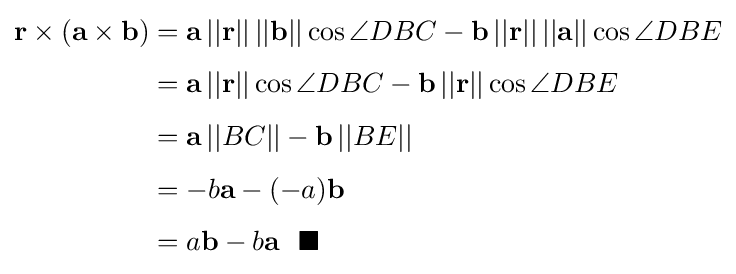
{\begin{aligned}\mathbf {r} \times (\mathbf {a} \times \mathbf {b} )&=\mathbf {a} \,||\mathbf {r} ||\,||\mathbf {b} ||\cos \angle DBC-\mathbf {b} \,||\mathbf {r} ||\,||\mathbf {a} ||\cos \angle DBE\\[4pt]&=\mathbf {a} \,||\mathbf {r} ||\cos \angle DBC-\mathbf {b} \,||\mathbf {r} ||\cos \angle DBE\\[4pt]&=\mathbf {a} \,||BC||-\mathbf {b} \,||BE||\\[4pt]&=-b\mathbf {a} -(-a)\mathbf {b} \\[4pt]&=a\mathbf {b} -b\mathbf {a} \ \ \blacksquare \end{aligned}}